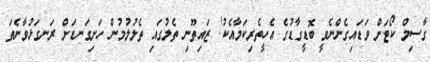
ގާސިމް ކޯޓަށް ވަޑައިގެންނެވީ ބޮޑީގާޑުގެ އެހީތެރިކަމާއެކު! ޒައިތޫނި ތެލުގައި ތެލުލުމުން ހަށިގަނޑަށް ރަނގަޅުވާނެތަ